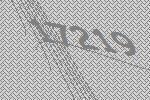
17219